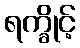
ရက္ခိုင့်